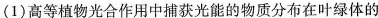
(1)高等植物光合作用中捕获光能的物质分布在叶绿体的